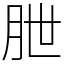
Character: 朑